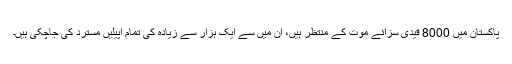
پاکستان میں 8000 قیدی سزائے موت کے منتظر ہیں، ان میں سے ایک ہزار سے زیادہ کی تمام اپیلیں مسترد کی جاچکی ہیں۔